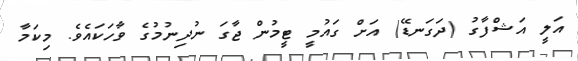
އަލީ އަޝްފާގު (ދަގަނޑޭ) އަށް ގައުމީ ޓީމުން ޖާގަ ނުދިނުމުގެ ވާހަކައެވެ. މިކަމާ